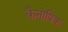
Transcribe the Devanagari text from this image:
कैनोपिक